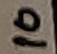
Text: 10